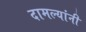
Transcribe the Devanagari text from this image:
दामल्यांनी